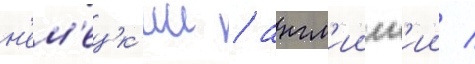
н'ем'ецк'ии / англ'ииск'ии /